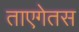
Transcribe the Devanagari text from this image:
ताएगेतस